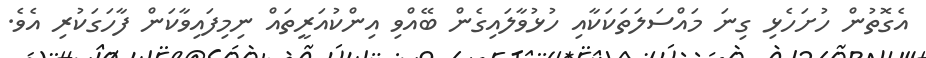
އެގޮތުން ހުށަހެޅި ގިނަ މައްސަލަތަކަކާއި ހުޅުވާލައިގެން ބޭއްވި އިންކުއަރީތައް ނިމިފައިވާކަން ފާހަގަކުރި އެވެ.